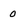
Character: 0